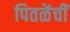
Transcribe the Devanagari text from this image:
पितळेंचीं